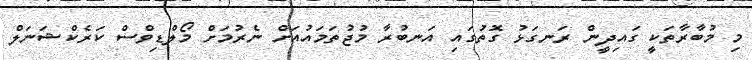
މި މުބާރާތަކީ ގައިދީން ރަނގަޅު ގޮތުގައި އަނބުރާ މުޖުތަމައުއަށް ނެރުމަށް މޯލްޑިވްސް ކަރެކްޝަނަލް